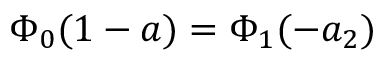
\Phi _ { 0 } ( 1 - a ) = \Phi _ { 1 } ( - a _ { 2 } )